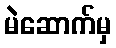
မဲဆောက်မှ